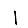
Digit: 1